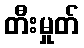
တီးမှုတ်